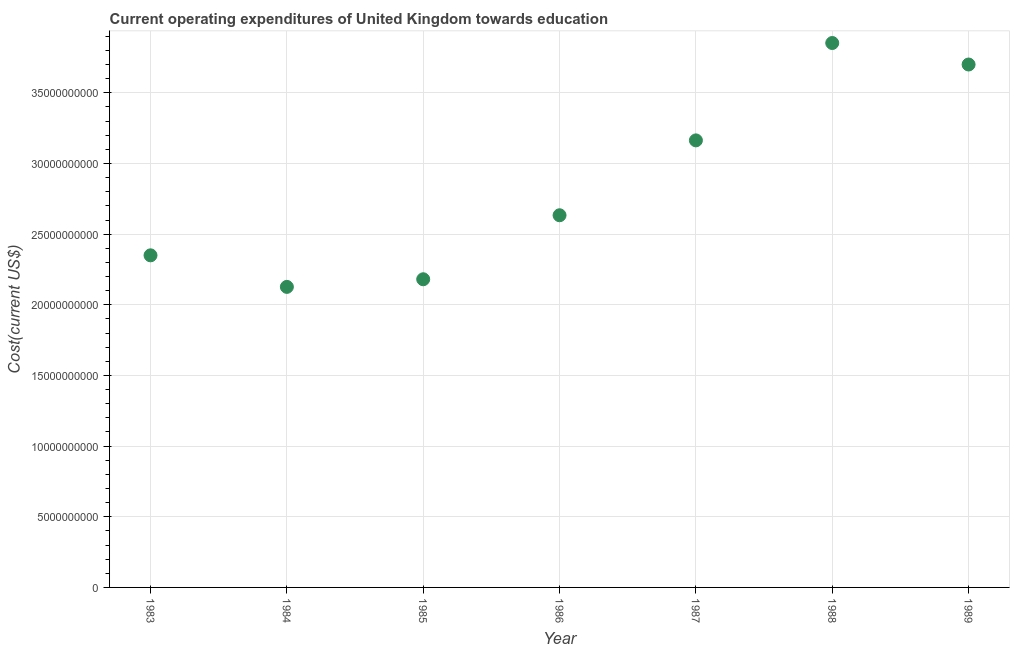
| Year | Education expenditure |
 | --- | --- |
 | 1983 | 2.35e+10 |
 | 1984 | 2.13e+10 |
 | 1985 | 2.18e+10 |
 | 1986 | 2.63e+10 |
 | 1987 | 3.16e+10 |
 | 1988 | 3.85e+10 |
 | 1989 | 3.7e+10 |